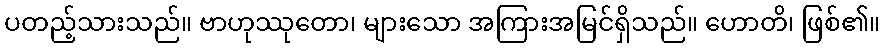
ပတည့်သားသည်။ ဗာဟုဿုတော၊ များသော အကြားအမြင်ရှိသည်။ ဟောတိ၊ ဖြစ်၏။